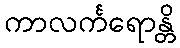
ကာလင်္ကရောန္တိ